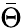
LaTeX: \bar{\Theta}